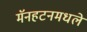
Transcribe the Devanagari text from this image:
मॅनहटनमधले